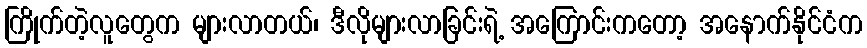
ကြိုက်တဲ့လူတွေက များလာတယ်၊ ဒီလိုများလာခြင်းရဲ့ အကြောင်းကတော့ အနောက်နိုင်ငံက